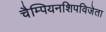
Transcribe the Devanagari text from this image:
चैम्पियनशिपविजेता